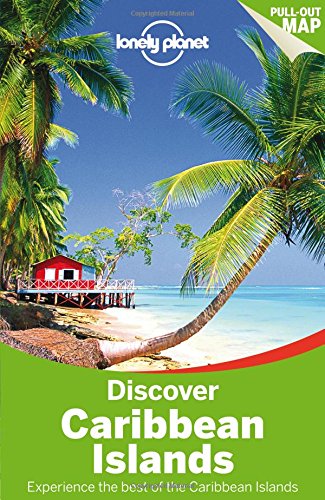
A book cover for Lonely Planet Discover Caribbean Islands (Travel Guide); Lonely Planet; Sports & Outdoors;